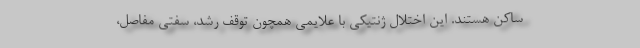
ساکن هستند. این اختلال ژنتیکی با علایمی همچون توقف رشد، سفتی مفاصل،